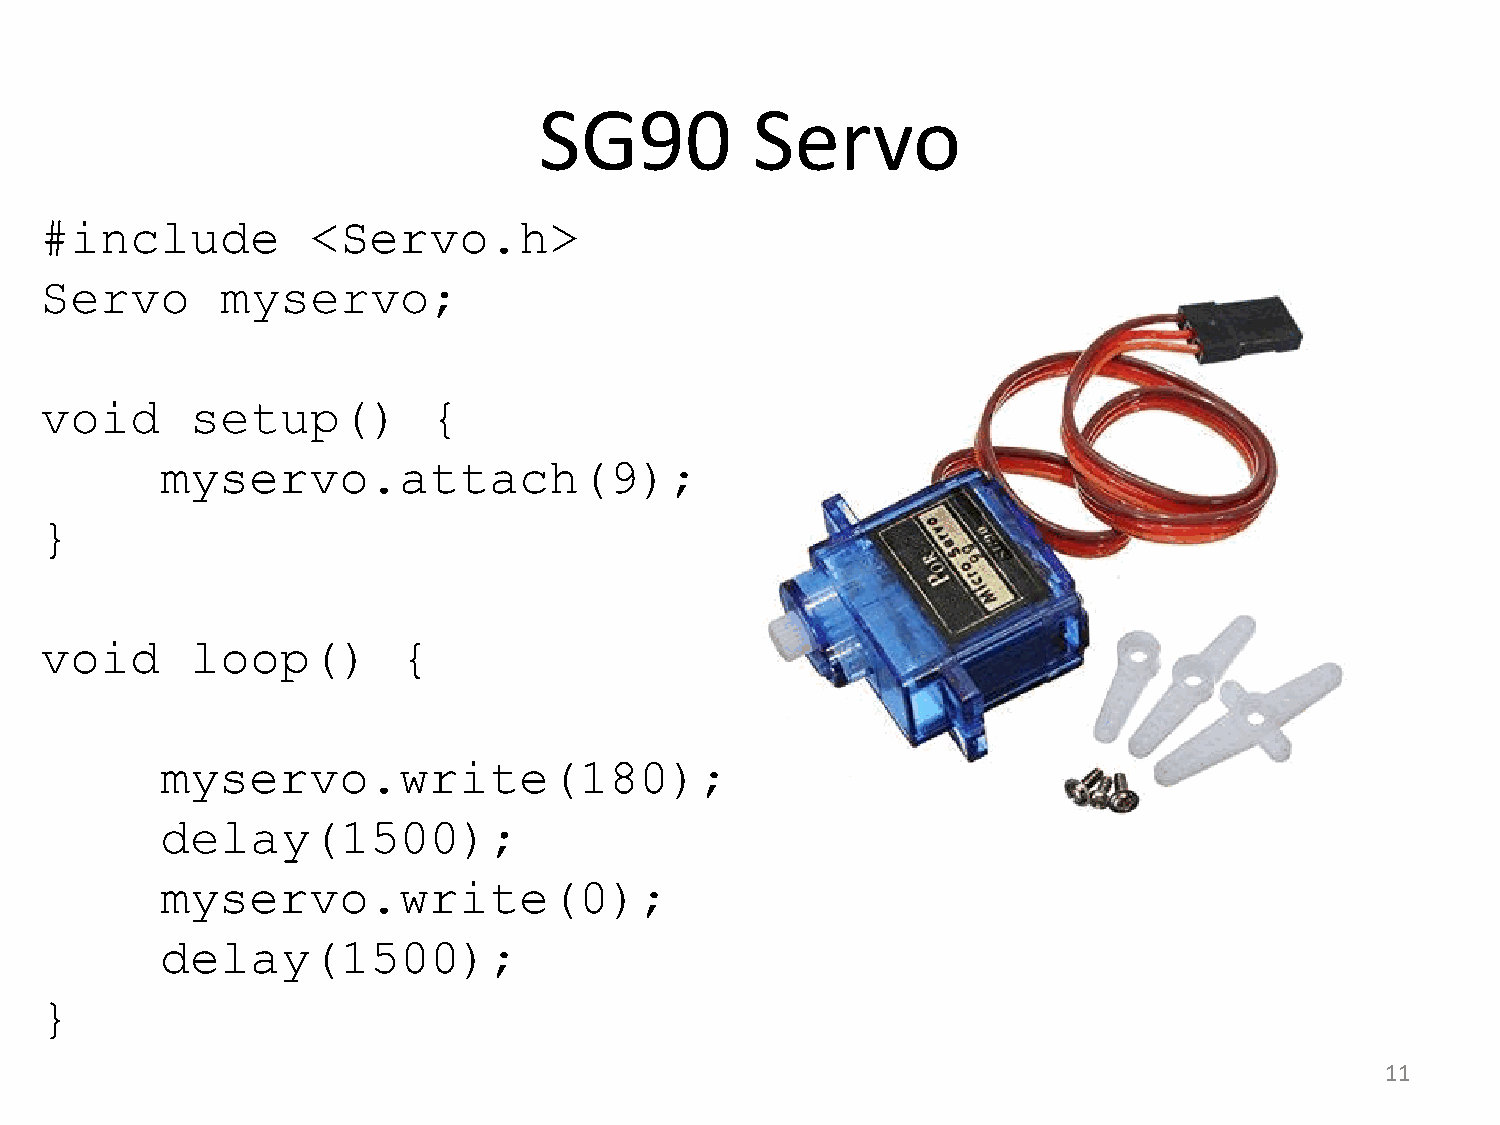
SG90          Servo
 #include          <Servo.h>
 Servo       myservo;
 void      setup()        {
 myservo.attach(9);
 }
 void      loop()       {
 myservo.write(180);
 delay(1500);
 myservo.write(0);
 delay(1500);
 }
 11